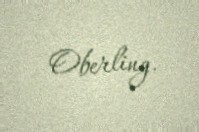
Oberling.